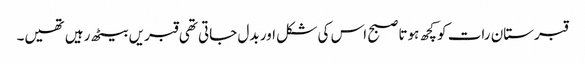
قبرستان رات کو کچھ ہوتا صبح اس کی شکل اور بدل جاتی تھی قبریں بیٹھ رہیں تھیں۔